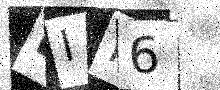
Text: LIH6